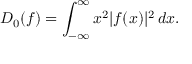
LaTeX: D _ { 0 } ( f ) = \int _ { - \infty } ^ { \infty } x ^ { 2 } | f ( x ) | ^ { 2 } \, d x .